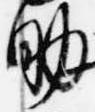
助